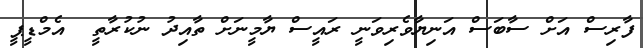
ފާރިސް އަށް ސާބަސް އަނިޔާވެރިވަނީ ރައީސް ޔާމީނަށް ތާއިދު ނުކުރާތީ  އެމްޑީޕީ